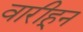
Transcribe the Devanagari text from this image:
वारीहून